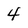
Character: 4